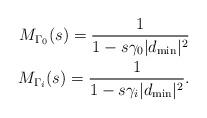
LaTeX: \begin{align*}M_{\Gamma_0}(s)=\frac{1}{1-s \gamma_0 |d_{\mathrm{min}}|^2}\\M_{\Gamma_i}(s)=\frac{1}{1-s \gamma_i |d_{\mathrm{min}}|^2}.\end{align*}